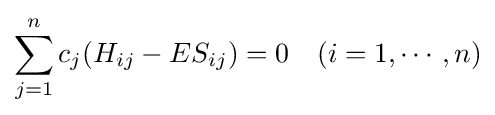
\sum _{j=1}^{n}c_{j}(H_{ij}-ES_{ij})=0\quad (i=1,\cdots ,n)